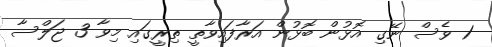
1 ވެސް ނޭގި އޮޅުން ބޮޅުން އަރާފައިވާތީ ތިރީގައި މިވާ 3 ޖަލްސާ